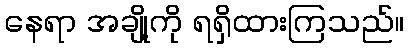
နေရာ အချို့ကို ရရှိထားကြသည်။